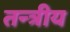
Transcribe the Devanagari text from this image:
तन्त्रीय